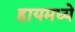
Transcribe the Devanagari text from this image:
हायमध्ये